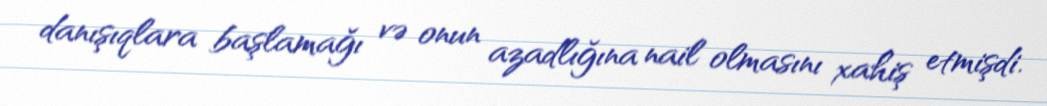
danışıqlara başlamağı və onun azadlığına nail olmasını xahiş etmişdi.